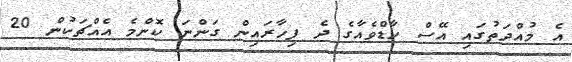
އެ މުއްދަތުގައި އޭސް ހާޑްވެއާގެ ދެ ފިހާރައިން ގަންނަ ކޮންމެ އެއްޗަކުން 20